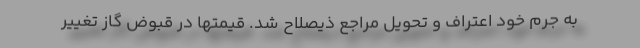
به جرم خود اعتراف و تحویل مراجع ذیصلاح شد. قیمتها در قبوض گاز تغییر